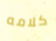
كلامه